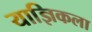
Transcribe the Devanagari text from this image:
याज्ञिकला